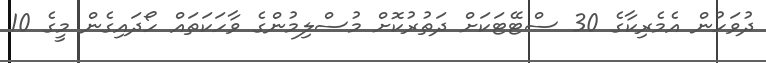
ދުވަހުން އެމެރިކާގެ 30 ސްޓޭޓަކަށް ދަތުރުކޮށް މުސްލިމުންގެ ވާހަކަތައް ހޯދައިގެން މީގެ 10